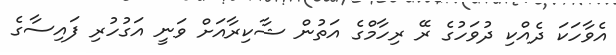
އެވާހަކަ ދެއްކި ދުވަހުގެ ރޭ ރިހާމްގެ އަތުން ޝާކިރާއަށް ވަނީ އަގުހުރި ފައިސާގެ